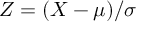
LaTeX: Z = ( X - \mu ) / \sigma